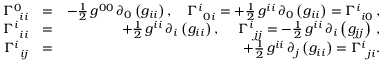
\begin{array} { r l r } { \Gamma _ { \, \, \, i i } ^ { 0 } } & { = } & { - \frac { 1 } { 2 } \, g ^ { 0 0 } \, \partial _ { 0 } \left( g _ { i i } \right) , \quad \Gamma _ { \, \, \, 0 i } ^ { i } = + \frac { 1 } { 2 } \, g ^ { i i } \, \partial _ { 0 } \left( g _ { i i } \right) = \Gamma _ { \, \, \, i 0 } ^ { i } \, , } \\ { \Gamma _ { \, \, \, i i } ^ { i } } & { = } & { + \frac { 1 } { 2 } \, g ^ { i i } \, \partial _ { i } \left( g _ { i i } \right) , ~ \quad \Gamma _ { \, \, \, j j } ^ { i } = - \frac { 1 } { 2 } \, g ^ { i i } \, \partial _ { i } \left( g _ { j j } \right) \, , } \\ { \Gamma _ { \, \, \, i j } ^ { i } } & { = } & { + \frac { 1 } { 2 } \, g ^ { i i } \, \partial _ { j } \left( g _ { i i } \right) = \Gamma _ { \, \, \, j i } ^ { i } . } \end{array}